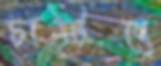
চাটিবে